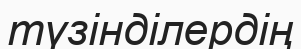
түзінділердің